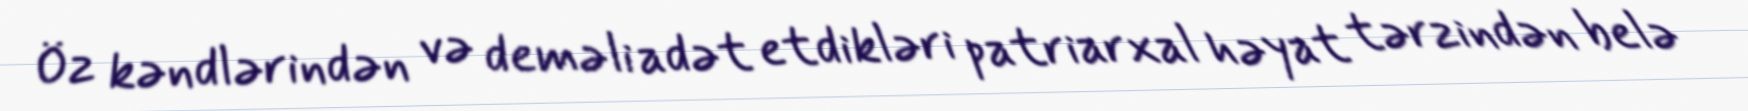
Öz kəndlərindən və deməli adət etdikləri patriarxal həyat tərzindən belə